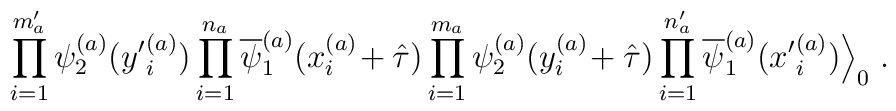
\prod_{i=1}^{m^\prime_a} \psi^{(a)}_2({y^\prime}_i^{(a)})\prod_{i=1}^{n_a} \overline{\psi}^{(a)}_1(x_i^{(a)}\!+ \hat{\tau})\prod_{i=1}^{m_a} \psi^{(a)}_2(y_i^{(a)}\!+ \hat{\tau})\prod_{i=1}^{n^\prime_a} \overline{\psi}^{(a)}_1({x^\prime}^{(a)}_i)\Big \rangle_0 \; .